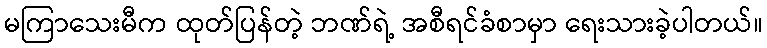
မကြာသေးမီက ထုတ်ပြန်တဲ့ ဘဏ်ရဲ့ အစီရင်ခံစာမှာ ရေးသားခဲ့ပါတယ်။